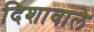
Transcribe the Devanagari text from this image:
दिशावाले